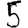
Digit: 5